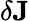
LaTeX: \delta\mathbf{J}